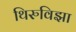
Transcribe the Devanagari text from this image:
थिरुविझा